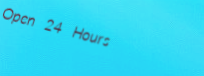
Open 24 Hours